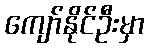
ကျော်နိုင်ဦးမှာ